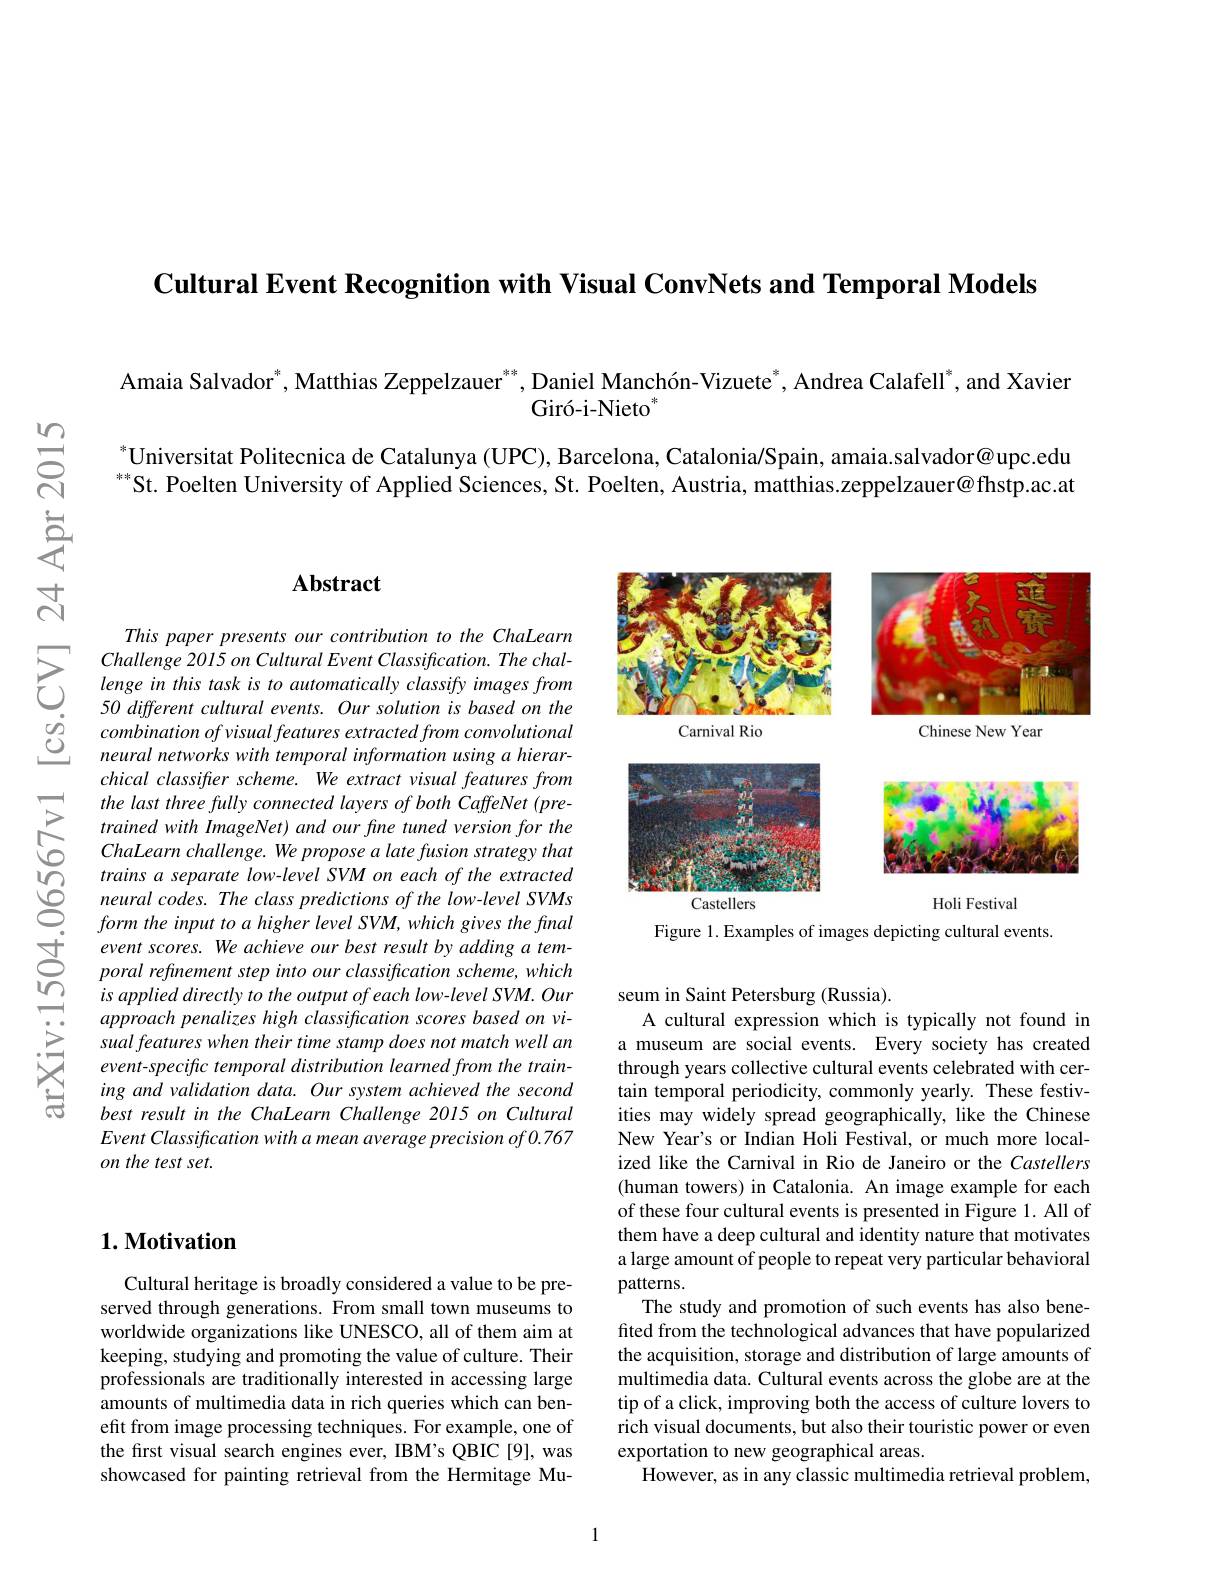
Cultural Event Recognition with Visual ConvNets and Temporal Models

Amaia Salvador$^*,\text{Matthias Zeppelzauer}^{**},\text{Daniel Manch\'{o}n-Vizuete}^*,\text{Andrea Calafell}^*$,and Xavier
$\mathrm{Gir\'{o}-i-Nieto}^{*}$

$^*$Universitat Politecnica de Catalunya (UPC), Barcelona, Catalonia/Spain, amaia.salvador@upc.edu $^{\text{**}}$St. Poelten University of Applied Sciences, St. Poelten, Austria, matthias.zeppelzauer@fhstp.ac.at

## $\mathbf{Abstract}$

This paper presents our contribution to the ChaLearn Challenge 2015 on Cultural Event Classification. The challenge in this task is to automatically classify images from 50 different cultural events. Our solution is based on the combinationofvisualfeatures extracted from convolutional neural networks with temporal information using a hierarchical classifier scheme. We extract visual features from the last three fully connected layers of both CaffeNet (pretrained with ImageNet) and our fine tuned version for the ChaLearn challenge. We propose a late fusion strategy that
$\textcircled {1}\textcircled {2}$ trains $a$ separate $low- level$ $SVM$ $on$ each $of$ the $extracted0neural$ $codes.$ The class predictions $of$ the $low- level$ SVMsform the input $to$ $a$ higher level $SVM$, which gives the final
form the input to a higher level SVM, which gives the final event scores. We achieve our best result by adding a temporal refinement step into our classification scheme, which is applied directly to the output of each low-level SVM. Our approach penalizes high classification scores based on visual features when their time stamp does not match well an event-specific temporal distribution learned from the training and validation data. Our system achieved the second best result in the ChaLearn Challenge 2015 on Cultural $Event\textit{Classification with a mean average precision of 0. 767}$ on the test set.

<FigureHere>

Figure 1. Examples of images depicting cultural events.

seum in Saint Petersburg (Russia).

A cultural expression which is typically not found in a museum are social events. Every society has created through years collective cultural events celebrated with certain temporal periodicity, commonly yearly. These festivities may widely spread geographically, like the Chinese New Year's or Indian Holi Festival, or much more localized like the Carnival in Rio de Janeiro or the Castellers (human towers) in Catalonia. An image example for each of these four cultural events is presented in Figure 1. All of them have a deep cultural and identity nature that motivates a large amount of people to repeat very particular behavioral patterns.
The study and promotion of such events has also benefited from the technological advances that have popularized the acquisition, storage and distribution of large amounts of multimedia data. Cultural events across the globe are at the tip of a click, improving both the access of culture lovers to rich visual documents, but also their touristic power or even exportation to new geographical areas.
However, as in any classic multimedia retrieval problem,

## $1. \textbf{Motivation}$

Cultural heritage is broadly considered a value to be preserved through generations. From small town museums to worldwide organizations like UNESCO, all of them aim at keeping, studying and promoting the value of culture. Their professionals are traditionally interested in accessing large amounts of multimedia data in rich queries which can benefit from image processing techniques. For example, one of the first visual search engines ever, IBM's QBIC [9], was showcased for painting retrieval from the Hermitage Mu-

1